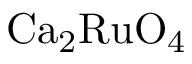
\mathrm { C a _ { 2 } R u O _ { 4 } }